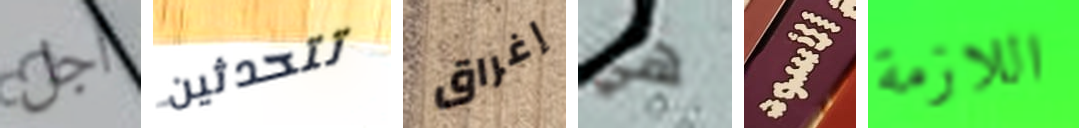
أجل تتحدثين إغراق هي الاسود اللازمة